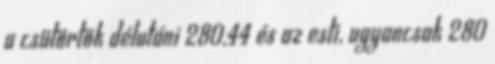
a csütörtök délutáni 280,44 és az esti, ugyancsak 280